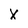
Character: X